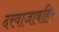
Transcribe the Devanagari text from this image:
दरवाजाबहिर